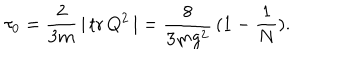
\tau _ { 0 } = \frac { 2 } { 3 m } \, \vert \, \mathrm { t r } \, Q ^ { 2 } \, \vert = \frac { 8 } { 3 m g ^ { 2 } } \, ( 1 - \frac { 1 } { N } ) .